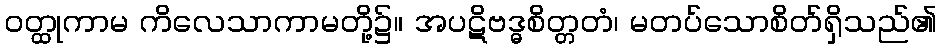
ဝတ္ထုကာမ ကိလေသာကာမတို့၌။ အပဋိဗဒ္ဓစိတ္တတံ၊ မတပ်သောစိတ်ရှိသည်၏